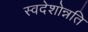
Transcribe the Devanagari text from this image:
स्वदेशोन्नति